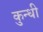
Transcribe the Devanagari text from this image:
कुन्धी